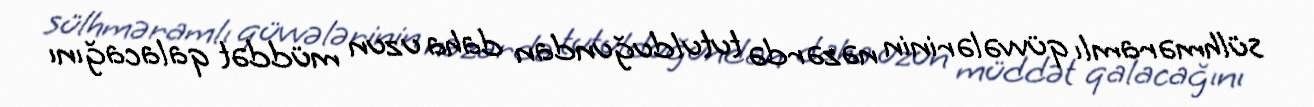
sülhməramlı qüvvələrinin nəzərdə tutulduğundan daha uzun müddət qalacağını